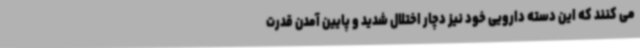
می کنند که این دسته دارویی خود نیز دچار اختلال شدید و پایین آمدن قدرت